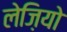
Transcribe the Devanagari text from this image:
लेज़ियो